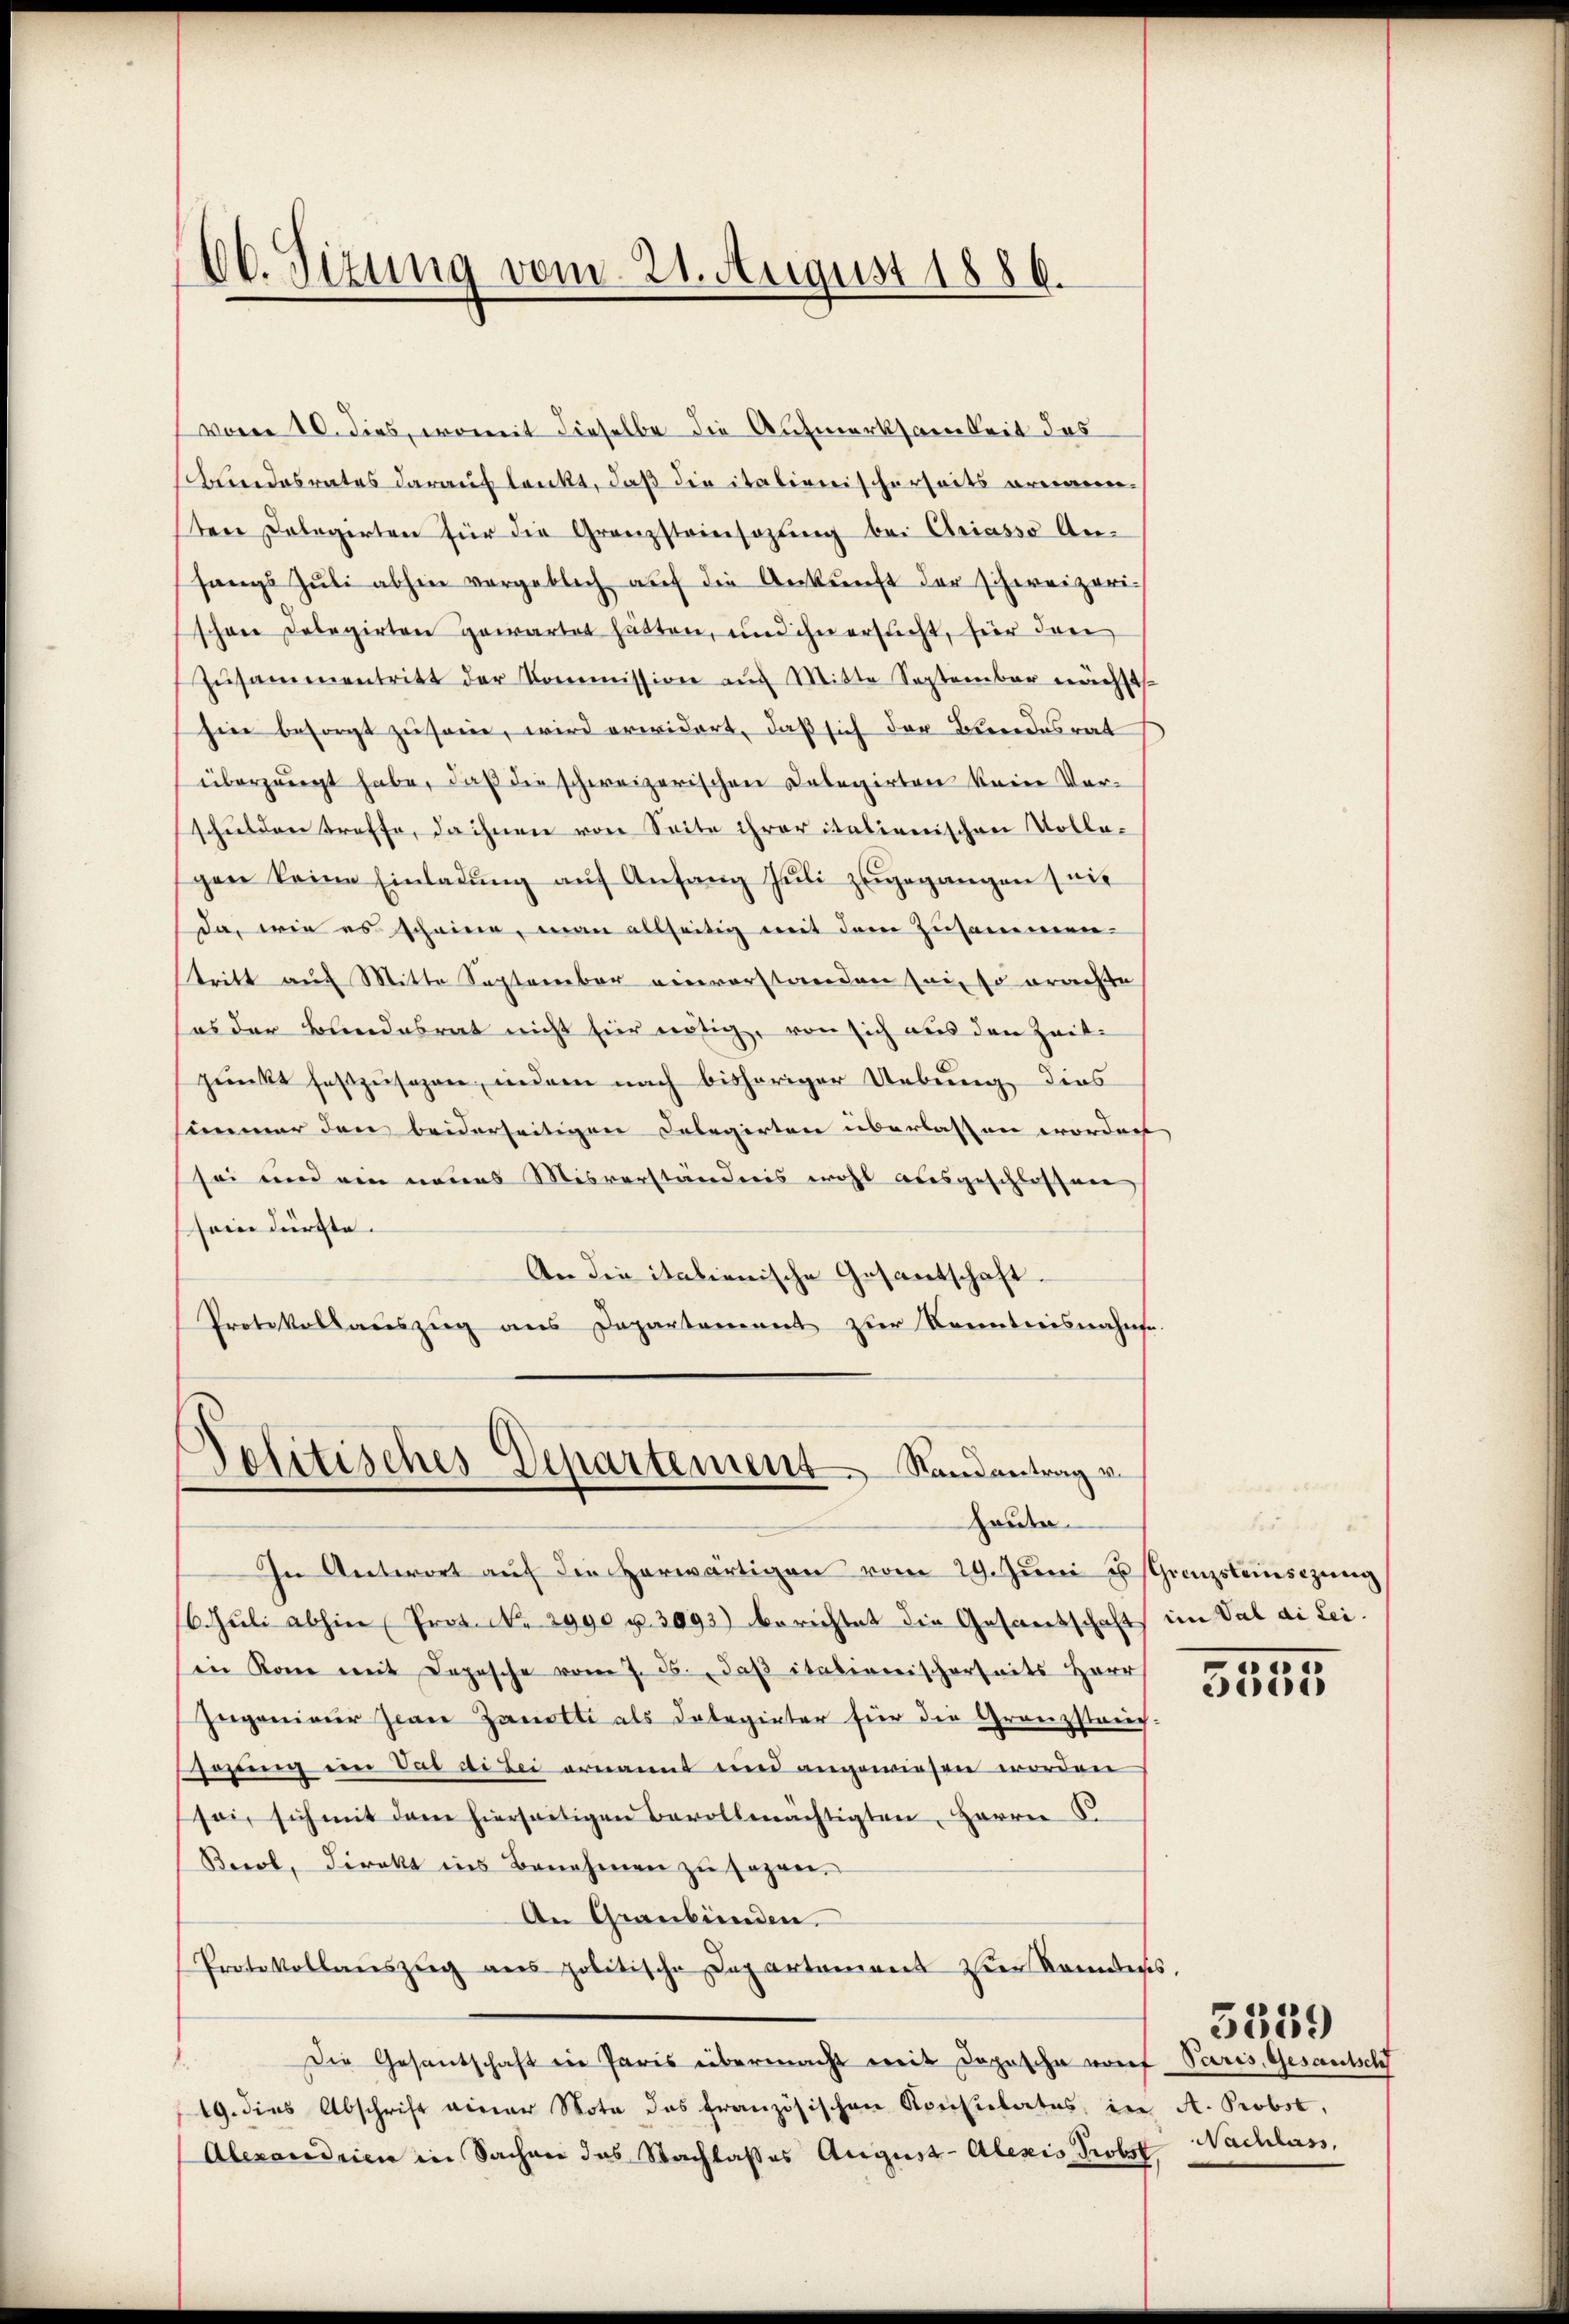
60. Sizung vom 21. August 1886.

Politisches Departement Randantrag vo
haute.

vor 10. dies, womit dieselbe die Aufmerksamkeit das
bundesrates darauf lenkt, daß die italienischerseits ornannsten Delegirten für die Granzsteinsazung bei Criasso Anhangs Jŭli abhin vergeblich aŭf die Ankunft der schweizeri-
schon Delegirten gewartet hätten, und ihn ersucht, hier den
Zŭsammentritt der Kommission auf Mitte September nächst
hier besorgt zu sei, wird erwidert, daß sich der Bundesrat
überzeugt habe, daß die schweizerischen Delegirten kein Verschulden treffe, da ihnen von Seite ihrer italienischen Vollegen keine Einladŭng aŭf Anfang Jŭli zŭgegangen mit
da, wie es scheine, man allseitig mit dem Zusammen-
tritt auf Mitte September einverstanden sei, so erachte
sos der Bundesrat nicht für nötig, von sich aus den Zeit-
punkt festzusagen, indem nach bisheriger Uebung, dies
simmer den beiderseitigen Delegirten überlassen worden
sei und ein neues Misverständnis wohl ausgeschlossen,
sein dürfte.
An die italienische Gesantschaft.
Protokollauszug aus Departament zur Kenntnisnahese.

In Antwort aŭf die herwärtigen vom 29. Jŭni u Grenzsteinsezung
/6. Juli abhin (Prot. N. 2990 u. 3093) berichtet die Gesandtschaft im Val di Leiin Kone mit Depesche vom 7. ds., daβ italienischerheits Herr
Zugenieur zwei Zanotte als dabeginter für die Granzstreich-
sohŭng ein Vas ai bei ernannt und angewiesen worden
sei, sich mit dem hierseitigen Bevollmächtigten, Herrn B
Berol, direkt ins Benehmen zu sagen.
An Graubünden.
Protokollaŭszŭg ans politische Departament der Randess.
Die Gesandschaft in Paris übermacht weit dopesche vorf Paris, Gesamtsch
19. dies Abschrift einer Nota das französischen Konsulates, in A. Probst,
Alexandrien in Sachen das Nachlasses August-Alexis Probst Nachlass,

e
5505

5559